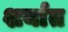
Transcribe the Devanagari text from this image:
शर्यात